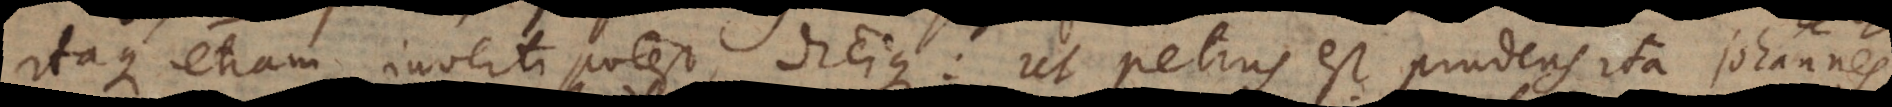
itaque etiam inverti potest, dicique: Ut Petrus est prudens, ita Johannes